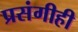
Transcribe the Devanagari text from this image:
प्रसंगीही